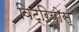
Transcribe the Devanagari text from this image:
विट्रियोस्